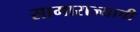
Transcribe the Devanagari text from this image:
सामाराज्याची